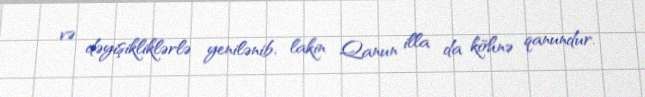
və dəyişikliklərlə yenilənib, lakin Qanun illa da köhnə qanundur.